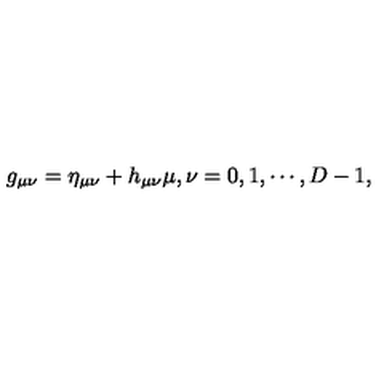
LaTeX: g _ { \mu \nu } = \eta _ { \mu \nu } + h _ { \mu \nu } \mu , \nu = 0 , 1 , \cdots , D - 1 ,